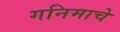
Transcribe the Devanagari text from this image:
गनिमाचे